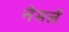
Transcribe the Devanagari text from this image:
नेमलें